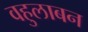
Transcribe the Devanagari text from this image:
वहुलाबन